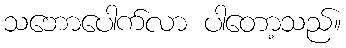
သဘောပေါက်လာ ပါတော့သည်။